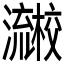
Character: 𰝱